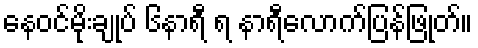
နေဝင်မိုးချုပ် ၆နာရီ ရ နာရီလောက်ပြန်ဖြုတ်။